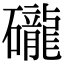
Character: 礲